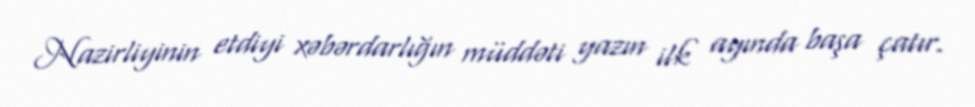
Nazirliyinin etdiyi xəbərdarlığın müddəti yazın ilk ayında başa çatır.